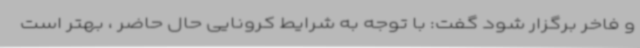
و فاخر برگزار شود گفت: با توجه به شرایط کرونایی حال حاضر ، بهتر است